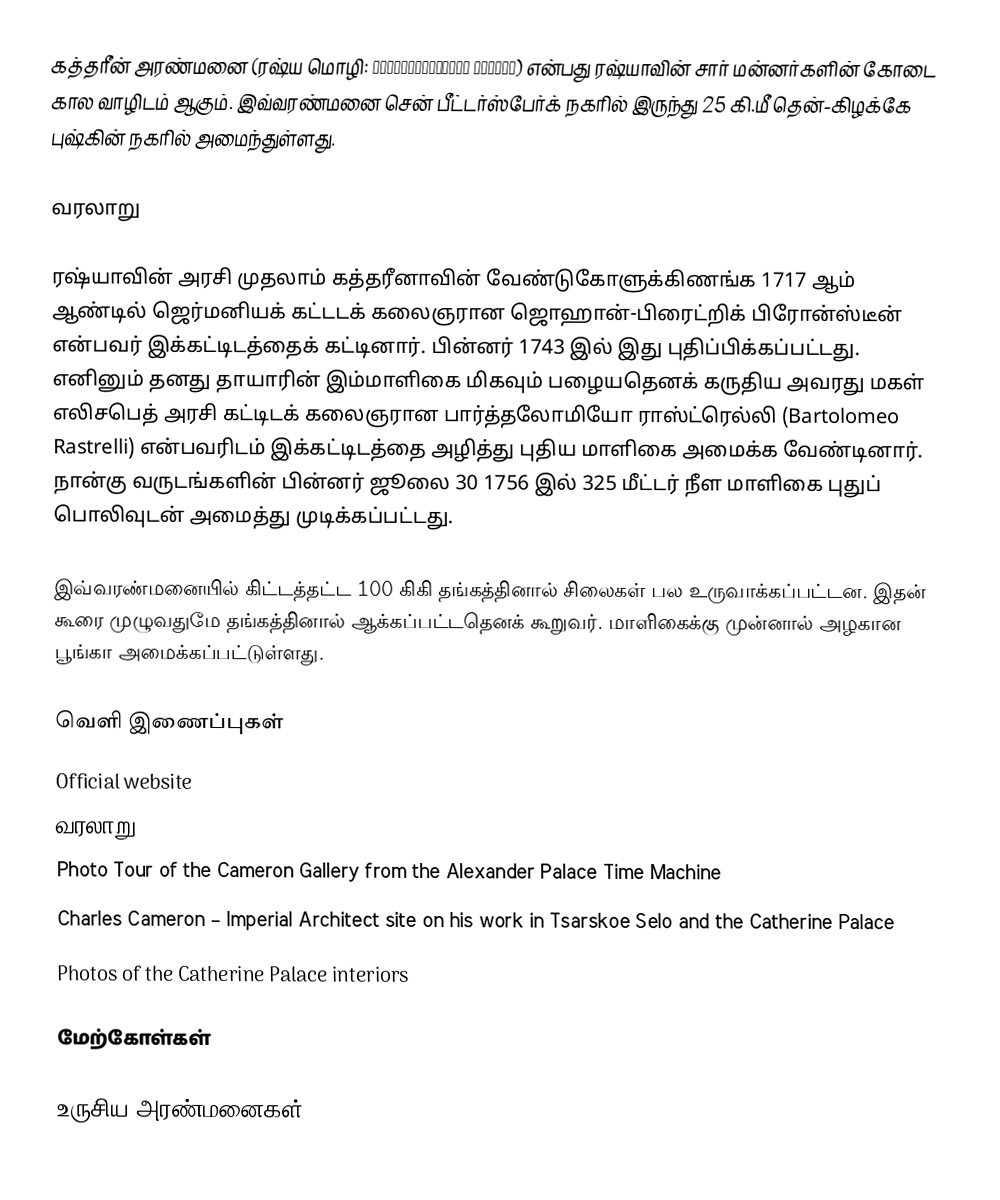
கத்தரீன் அரண்மனை (ரஷ்ய மொழி: Екатерининский дворец) என்பது ரஷ்யாவின் சார் மன்னர்களின் கோடை கால வாழிடம் ஆகும். இவ்வரண்மனை சென் பீட்டர்ஸ்பேர்க் நகரில் இருந்து 25 கி.மீ தென்-கிழக்கே புஷ்கின் நகரில் அமைந்துள்ளது.

வரலாறு

ரஷ்யாவின் அரசி முதலாம் கத்தரீனாவின் வேண்டுகோளுக்கிணங்க 1717 ஆம் ஆண்டில் ஜெர்மனியக் கட்டடக் கலைஞரான ஜொஹான்-பிரைட்றிக் பிரோன்ஸ்டீன் என்பவர் இக்கட்டிடத்தைக் கட்டினார். பின்னர் 1743 இல் இது புதிப்பிக்கப்பட்டது. எனினும் தனது தாயாரின் இம்மாளிகை மிகவும் பழையதெனக் கருதிய அவரது மகள் எலிசபெத் அரசி கட்டிடக் கலைஞரான பார்த்தலோமியோ ராஸ்ட்ரெல்லி (Bartolomeo Rastrelli) என்பவரிடம் இக்கட்டிடத்தை அழித்து புதிய மாளிகை அமைக்க வேண்டினார். நான்கு வருடங்களின் பின்னர் ஜூலை 30 1756 இல் 325 மீட்டர் நீள மாளிகை புதுப் பொலிவுடன் அமைத்து முடிக்கப்பட்டது.

இவ்வரண்மனையில் கிட்டத்தட்ட 100 கிகி தங்கத்தினால் சிலைகள் பல உருவாக்கப்பட்டன. இதன் கூரை முழுவதுமே தங்கத்தினால் ஆக்கப்பட்டதெனக் கூறுவர். மாளிகைக்கு முன்னால் அழகான பூங்கா அமைக்கப்பட்டுள்ளது.

வெளி இணைப்புகள்
 Official website
 வரலாறு
 Photo Tour of the Cameron Gallery from the Alexander Palace Time Machine
 Charles Cameron – Imperial Architect site on his work in Tsarskoe Selo and the Catherine Palace
 Photos of the Catherine Palace interiors

மேற்கோள்கள்

உருசிய அரண்மனைகள்